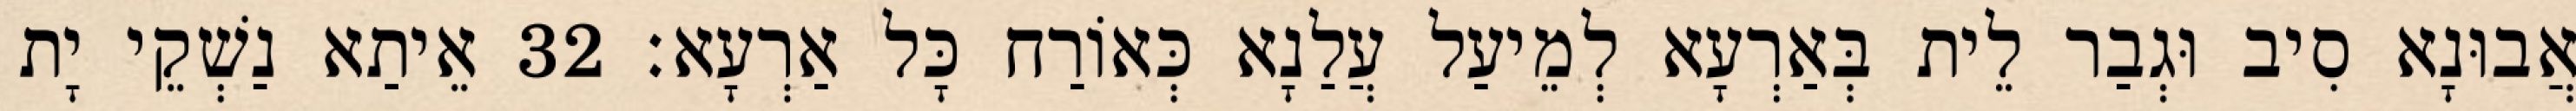
אֲבוּנָא סִיב וּגְבַר לֵית בְּאַרְעָא לְמֵיעַל עֲלַנָא כְּאוֹרַח כָּל אַרְעָא׃ 32 אֵיתַא נַשְׁקֵי יָת